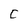
Character: C